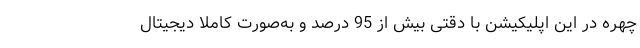
چهره در این اپلیکیشن با دقتی بیش از 95 درصد و به‌صورت کاملا دیجیتال